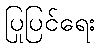
ပြုပြင်ရေး